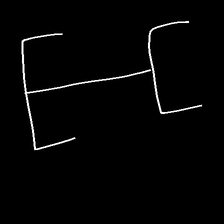
Glyph: entwine